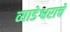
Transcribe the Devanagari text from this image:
व्याडेश्वराचे